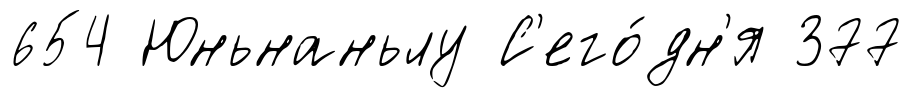
654 Юньнаньлу С'его́дн'я 377